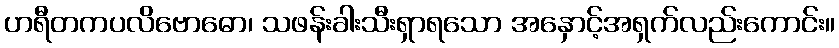
ဟရီတကပလိဗောဓော၊ သဖန်းခါးသီးရှာရသော အနှောင့်အရှက်လည်းကောင်း။